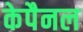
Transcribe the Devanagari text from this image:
केपैनल